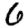
Digit: 6